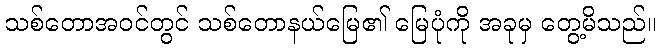
သစ်တောအဝင်တွင် သစ်တောနယ်မြေ၏ မြေပုံကို အခုမှ တွေ့မိသည်။